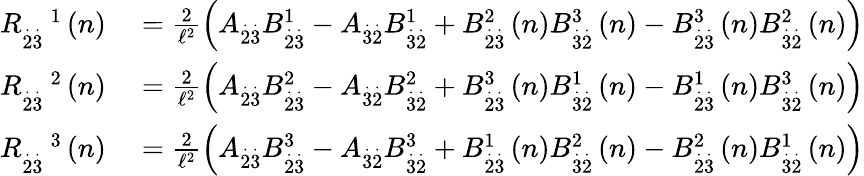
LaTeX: \begin{array}{rl}{R_{\overset{.}{2}\overset{.}{3}}^{\quad 1}\left(n\right)}&{{}=\frac{2}{\mathcal{\ell}^{2}}\left(A_{\overset{.}{2}\overset{.}{3}}B_{\overset{.}{2}\overset{.}{3}}^{1}-A_{\overset{.}{3}\overset{.}{2}}B_{\overset{.}{3}\overset{.}{2}}^{1}+B_{\overset{.}{2}\overset{.}{3}}^{2}\left(n\right)B_{\overset{.}{3}\overset{.}{2}}^{3}\left(n\right)-B_{\overset{.}{2}\overset{.}{3}}^{3}\left(n\right)B_{\overset{.}{3}\overset{.}{2}}^{2}\left(n\right)\right)}\\ {R_{\overset{.}{2}\overset{.}{3}}^{\quad 2}\left(n\right)}&{{}=\frac{2}{\mathcal{\ell}^{2}}\left(A_{\overset{.}{2}\overset{.}{3}}B_{\overset{.}{2}\overset{.}{3}}^{2}-A_{\overset{.}{3}\overset{.}{2}}B_{\overset{.}{3}\overset{.}{2}}^{2}+B_{\overset{.}{2}\overset{.}{3}}^{3}\left(n\right)B_{\overset{.}{3}\overset{.}{2}}^{1}\left(n\right)-B_{\overset{.}{2}\overset{.}{3}}^{1}\left(n\right)B_{\overset{.}{3}\overset{.}{2}}^{3}\left(n\right)\right)}\\ {R_{\overset{.}{2}\overset{.}{3}}^{\quad 3}\left(n\right)}&{{}=\frac{2}{\mathcal{\ell}^{2}}\left(A_{\overset{.}{2}\overset{.}{3}}B_{\overset{.}{2}\overset{.}{3}}^{3}-A_{\overset{.}{3}\overset{.}{2}}B_{\overset{.}{3}\overset{.}{2}}^{3}+B_{\overset{.}{2}\overset{.}{3}}^{1}\left(n\right)B_{\overset{.}{3}\overset{.}{2}}^{2}\left(n\right)-B_{\overset{.}{2}\overset{.}{3}}^{2}\left(n\right)B_{\overset{.}{3}\overset{.}{2}}^{1}\left(n\right)\right)}\end{array}